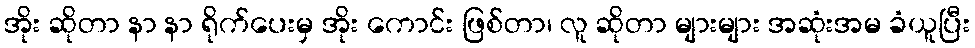
အိုး ဆိုတာ နာ နာ ရိုက်ပေးမှ အိုး ကောင်း ဖြစ်တာ၊ လူ ဆိုတာ များများ အဆုံးအမ ခံယူပြီး